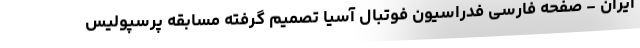
ایران - صفحه فارسی فدراسیون فوتبال آسیا تصمیم گرفته مسابقه پرسپولیس